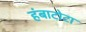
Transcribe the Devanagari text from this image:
हंबाटोटा